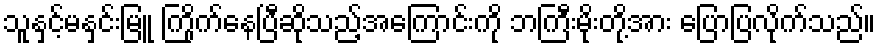
သူနှင့်မနှင်းမြူ ကြိုက်နေပြီဆိုသည့်အကြောင်းကို ဘကြီးမိုးတို့အား ပြောပြလိုက်သည်။